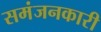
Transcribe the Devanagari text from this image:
समंजनकारी